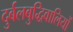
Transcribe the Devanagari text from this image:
दुर्बलबुद्धिवालियों